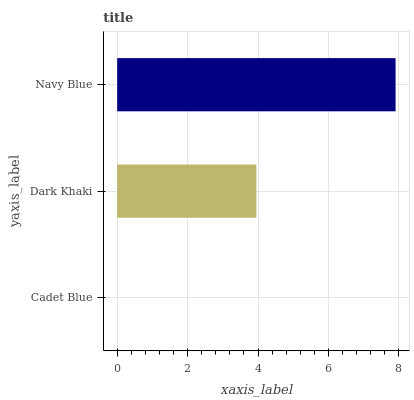
| yaxis_label | bars |
 | --- | --- |
 | Cadet Blue | 0 |
 | Dark Khaki | 3.95 |
 | Navy Blue | 7.91 |